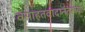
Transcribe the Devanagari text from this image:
वसाहतवादानंतरच्या